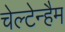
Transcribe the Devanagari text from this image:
चेल्टेन्हैम